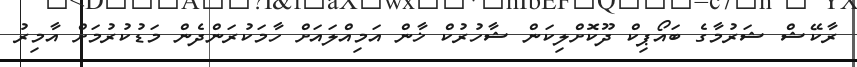
ރާކޭޝް ޝަރުމާގެ ބައޯޕިކް ދޫކޮށްލިކަން ޝާހުރުކް ޚާން އަމިއްލައަށް ހާމަކުރަންދެން މަޑުކުރުމަށް އާމިރު